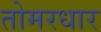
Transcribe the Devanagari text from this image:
तोमरधार